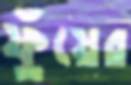
ফুঁয়ের